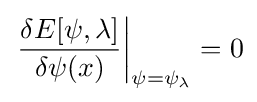
\left.{\frac {\delta E[\psi ,\lambda ]}{\delta \psi (x)}}\right|_{\psi =\psi _{\lambda }}=0